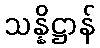
သန္နိဋ္ဌာန်